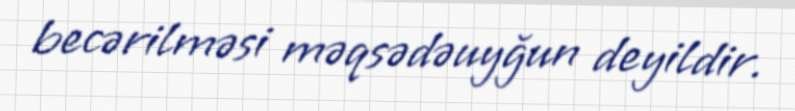
becərilməsi məqsədəuyğun deyildir.